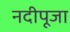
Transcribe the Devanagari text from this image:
नदीपूजा